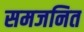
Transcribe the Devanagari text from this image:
समजनित